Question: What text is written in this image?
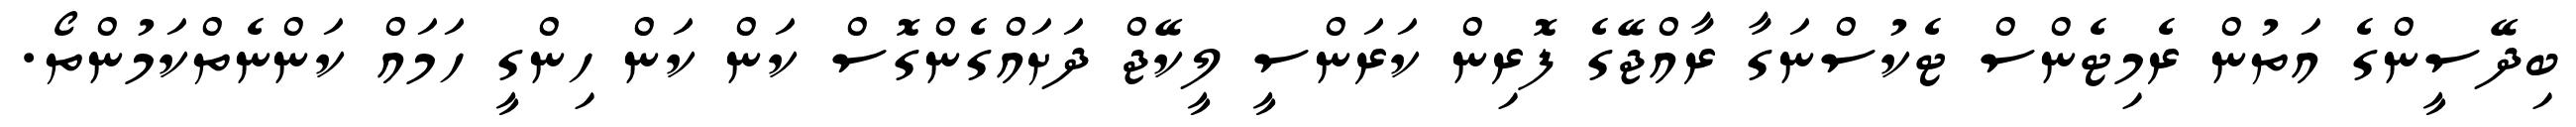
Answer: ބިދޭސީންގެ އަތުން ރެމިޓެންސް ޓެކުސްނަގާ ރާއްޖޭގެ ފޮރިން ކަރަންސީ ލީކޭޖް ދަށައްގެންގޮސް ކަން ކަން ހިންގީ ހަމައް ކަންނެތްކަމުންތޯ.